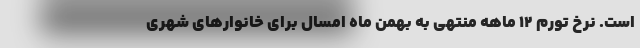
است. نرخ تورم ۱۲ ماهه منتهی به بهمن ماه امسال برای خانوارهای شهری